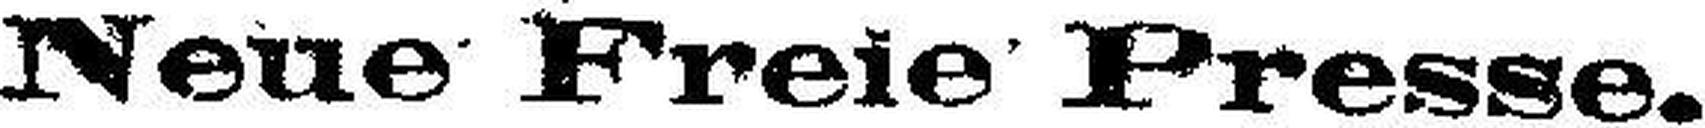
Neue Freie Presse.